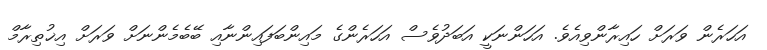
އަހަރެން ވަރަށް ހައިރާންވިއެވެ. އަހަންނަކީ އަބަދުވެސް އަހަރެންގެ މައިންބަފައިންނާއި ބޭބެމެންނަށް ވަރަށް އިޚުތިރާމް